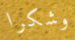
وشكرا